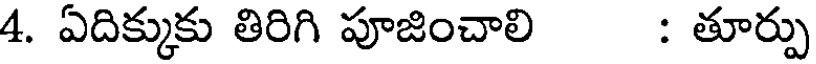
4. ఏదిక్కుకు తిరిగి పూజించాలి : తూర్పు